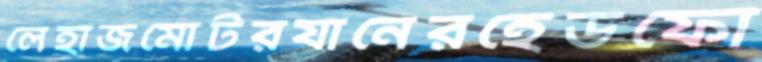
লেহাজমোটরযানেরহেডফো